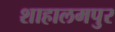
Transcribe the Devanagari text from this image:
शाहालमपुर